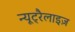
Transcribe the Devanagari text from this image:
न्यूट्रैलाइज़